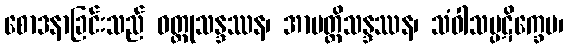
စောဒနာခြင်းသည် ဝတ္ထုသန္ဒဿန၊ အာပတ္တိသန္ဒဿန၊ သံဝါသပ္ပဋိက္ခေပ၊